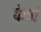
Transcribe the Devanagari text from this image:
फेर्ण